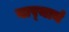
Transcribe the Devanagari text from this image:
वार्‍यानं